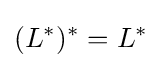
(L^{*})^{*}=L^{*}